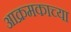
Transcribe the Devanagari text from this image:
आक्रमकाच्या